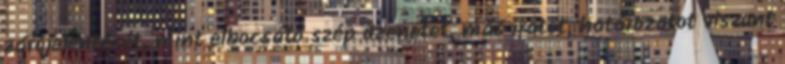
zárójelentését, mint elbocsátó szép üzenetet, más iratot, határozatot viszont